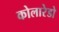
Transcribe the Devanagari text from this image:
कोलारेडो